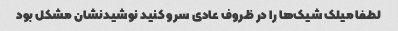
لطفا میلک شیک‌ها را در ظروف عادی سرو کنید نوشیدنشان مشکل بود